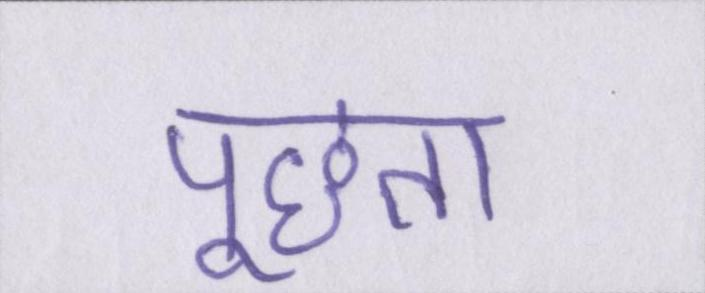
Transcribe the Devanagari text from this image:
पूछता